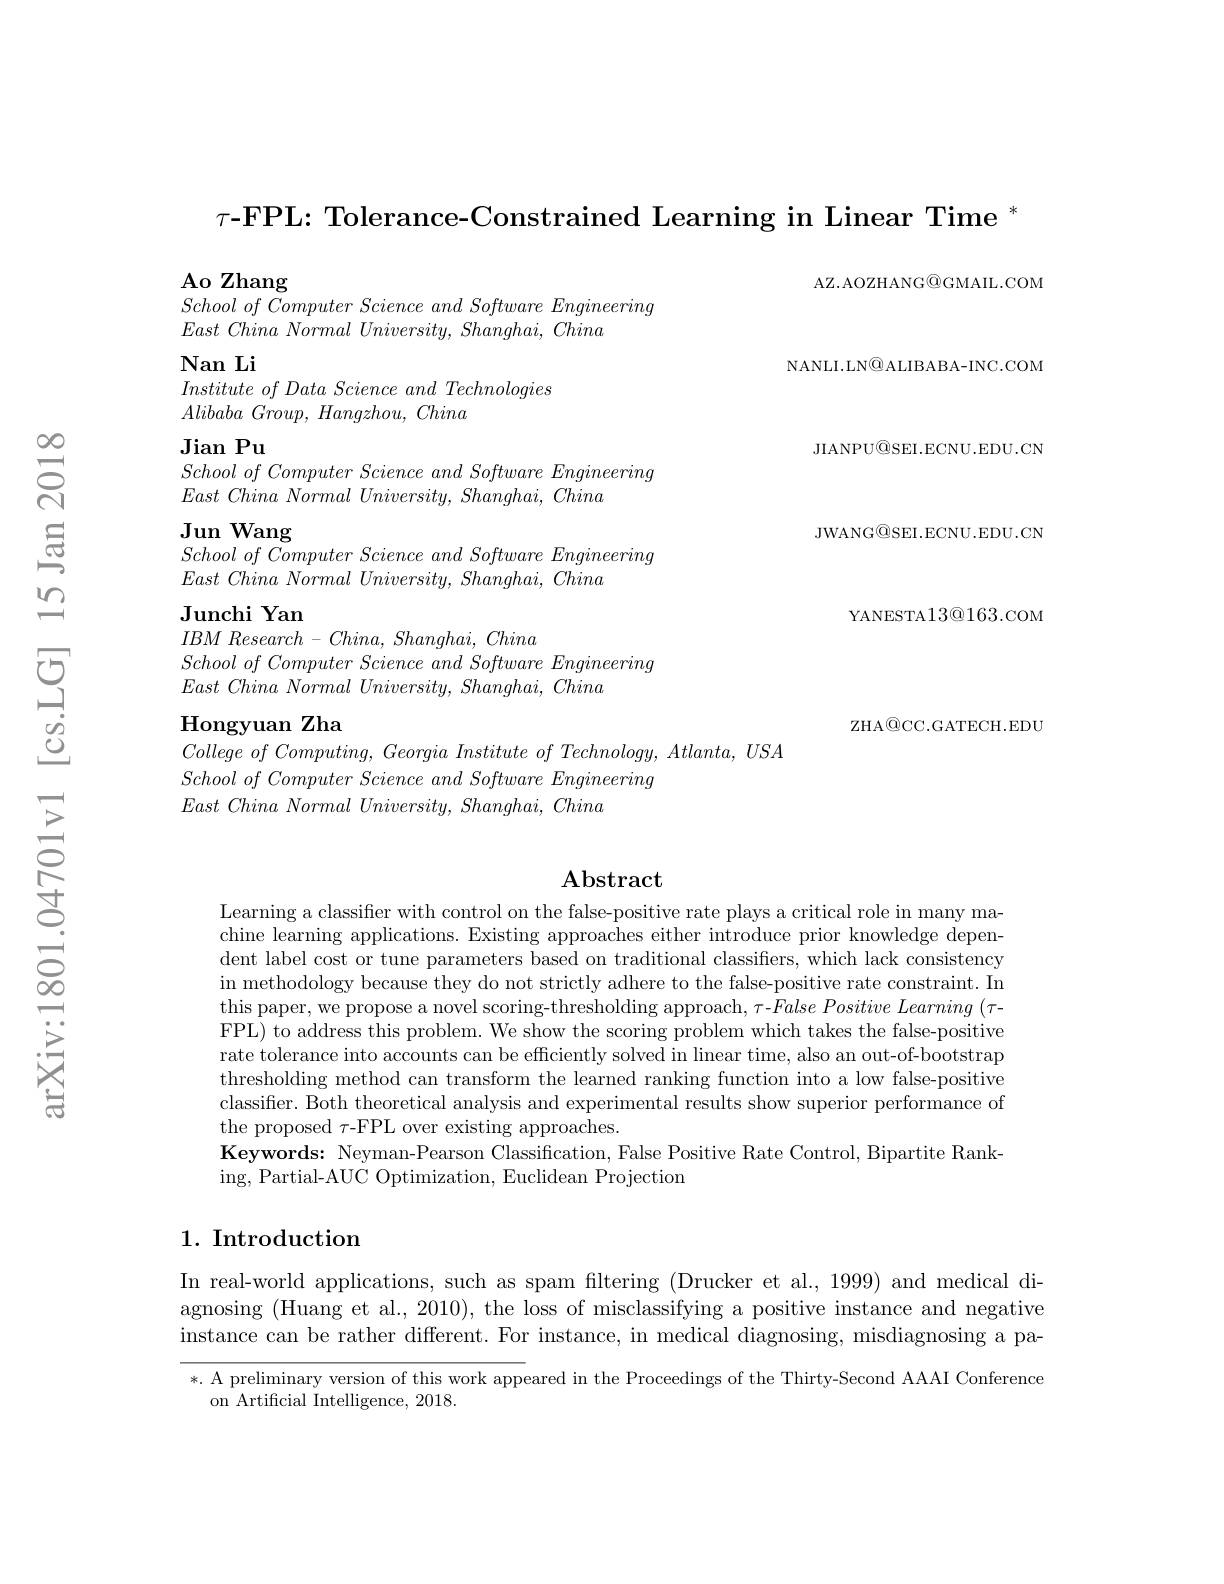
$\tau\textbf{-FPL: Tolerance-Constrained Learning in Linear Time }^*$

$\mathbf{A}$o Zhang
$School\textit{ of Computer Science and Software Engineering}$

AZ.AOZHANG@GMAIL.COM

$East\textit{ China Normal University, Shanghai, China}$

$\operatorname{Nan}$ Li

$Institute\textit{ of Data Science and Technologies}$
$Alibaba\textit{ Group, Hangzhou, China}$

$\textbf{Jian Pu}$
$School\textit{ of Computer Science and Software Engineering}$

$East\textit{ China Normal University, Shanghai, China}$

NANLI.LN@ALIBABA-INC.COM
JIANPU@SEI.ECNU.EDU.CN JWANG@SEI.ECNU.EDU.CN
YANESTA$13@163.$COM ZHA@ CC. GATECH. EDU

Jun Wang
$School\textit{ of Computer Science and Software Engineering}$
$East\textit{ China Normal University, Shanghai, China}$

Junchi Yan

$IBM$ Research - $China$, $Shanghai$, China
$School\textit{ of Computer Science and Software Engineering}$
$East\textit{ China Normal University, Shanghai, China}$

## Hongyuan Zha

$College\textit{ of Computing, Georgia Institute of Technology, Atlanta, USA}$
$School\textit{ of Computer Science and Software Engineering}$
$East\textit{ China Normal University, Shanghai, China}$

## $\mathbf{Abstract}$

Learning a classifier with control on the false-positive rate plays a critical role in many machine learning applications. Existing approaches either introduce prior knowledge dependent label cost or tune parameters based on traditional classifiers, which lack consistency in methodology because they do not strictly adhere to the false-positive rate constraint. In this paper, we propose a novel scoring-thresholding approach, $\tau$-$False\textit{Positive Learning ( - paper, we propose a novel scoring- thresholding approach, }\tau$-$False\textit{Positive Learning ( - - properel sing }$ FPL) to address this problem. We show the scoring problem which takes the false-positive rate tolerance into accounts can be efficiently solved in linear time, also an out-of-bootstrap thresholding method can transform the learned ranking function into a low false-positive classifier. Both theoretical analysis and experimental results show superior performance of the proposed $\tau$-FPL over existing approaches.
Keywords: Neyman-Pearson Classification, False Positive Rate Control, Bipartite Rank-
ing, Partial-AUC Optimization, Euclidean Projection

## 1. Introduction

In real-world applications, such as spam filtering (Drucker et al., 1999) and medical diagnosing (Huang et al., 2010), the loss of misclassifying a positive instance and negative instance can be rather different. For instance, in medical diagnosing, misdiagnosing a pa-

*. A preliminary version of this work appeared in the Proceedings of the Thirty-Second AAAI Conference
on Artificial Intelligence, 2018.